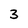
Character: 3